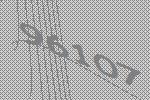
96107